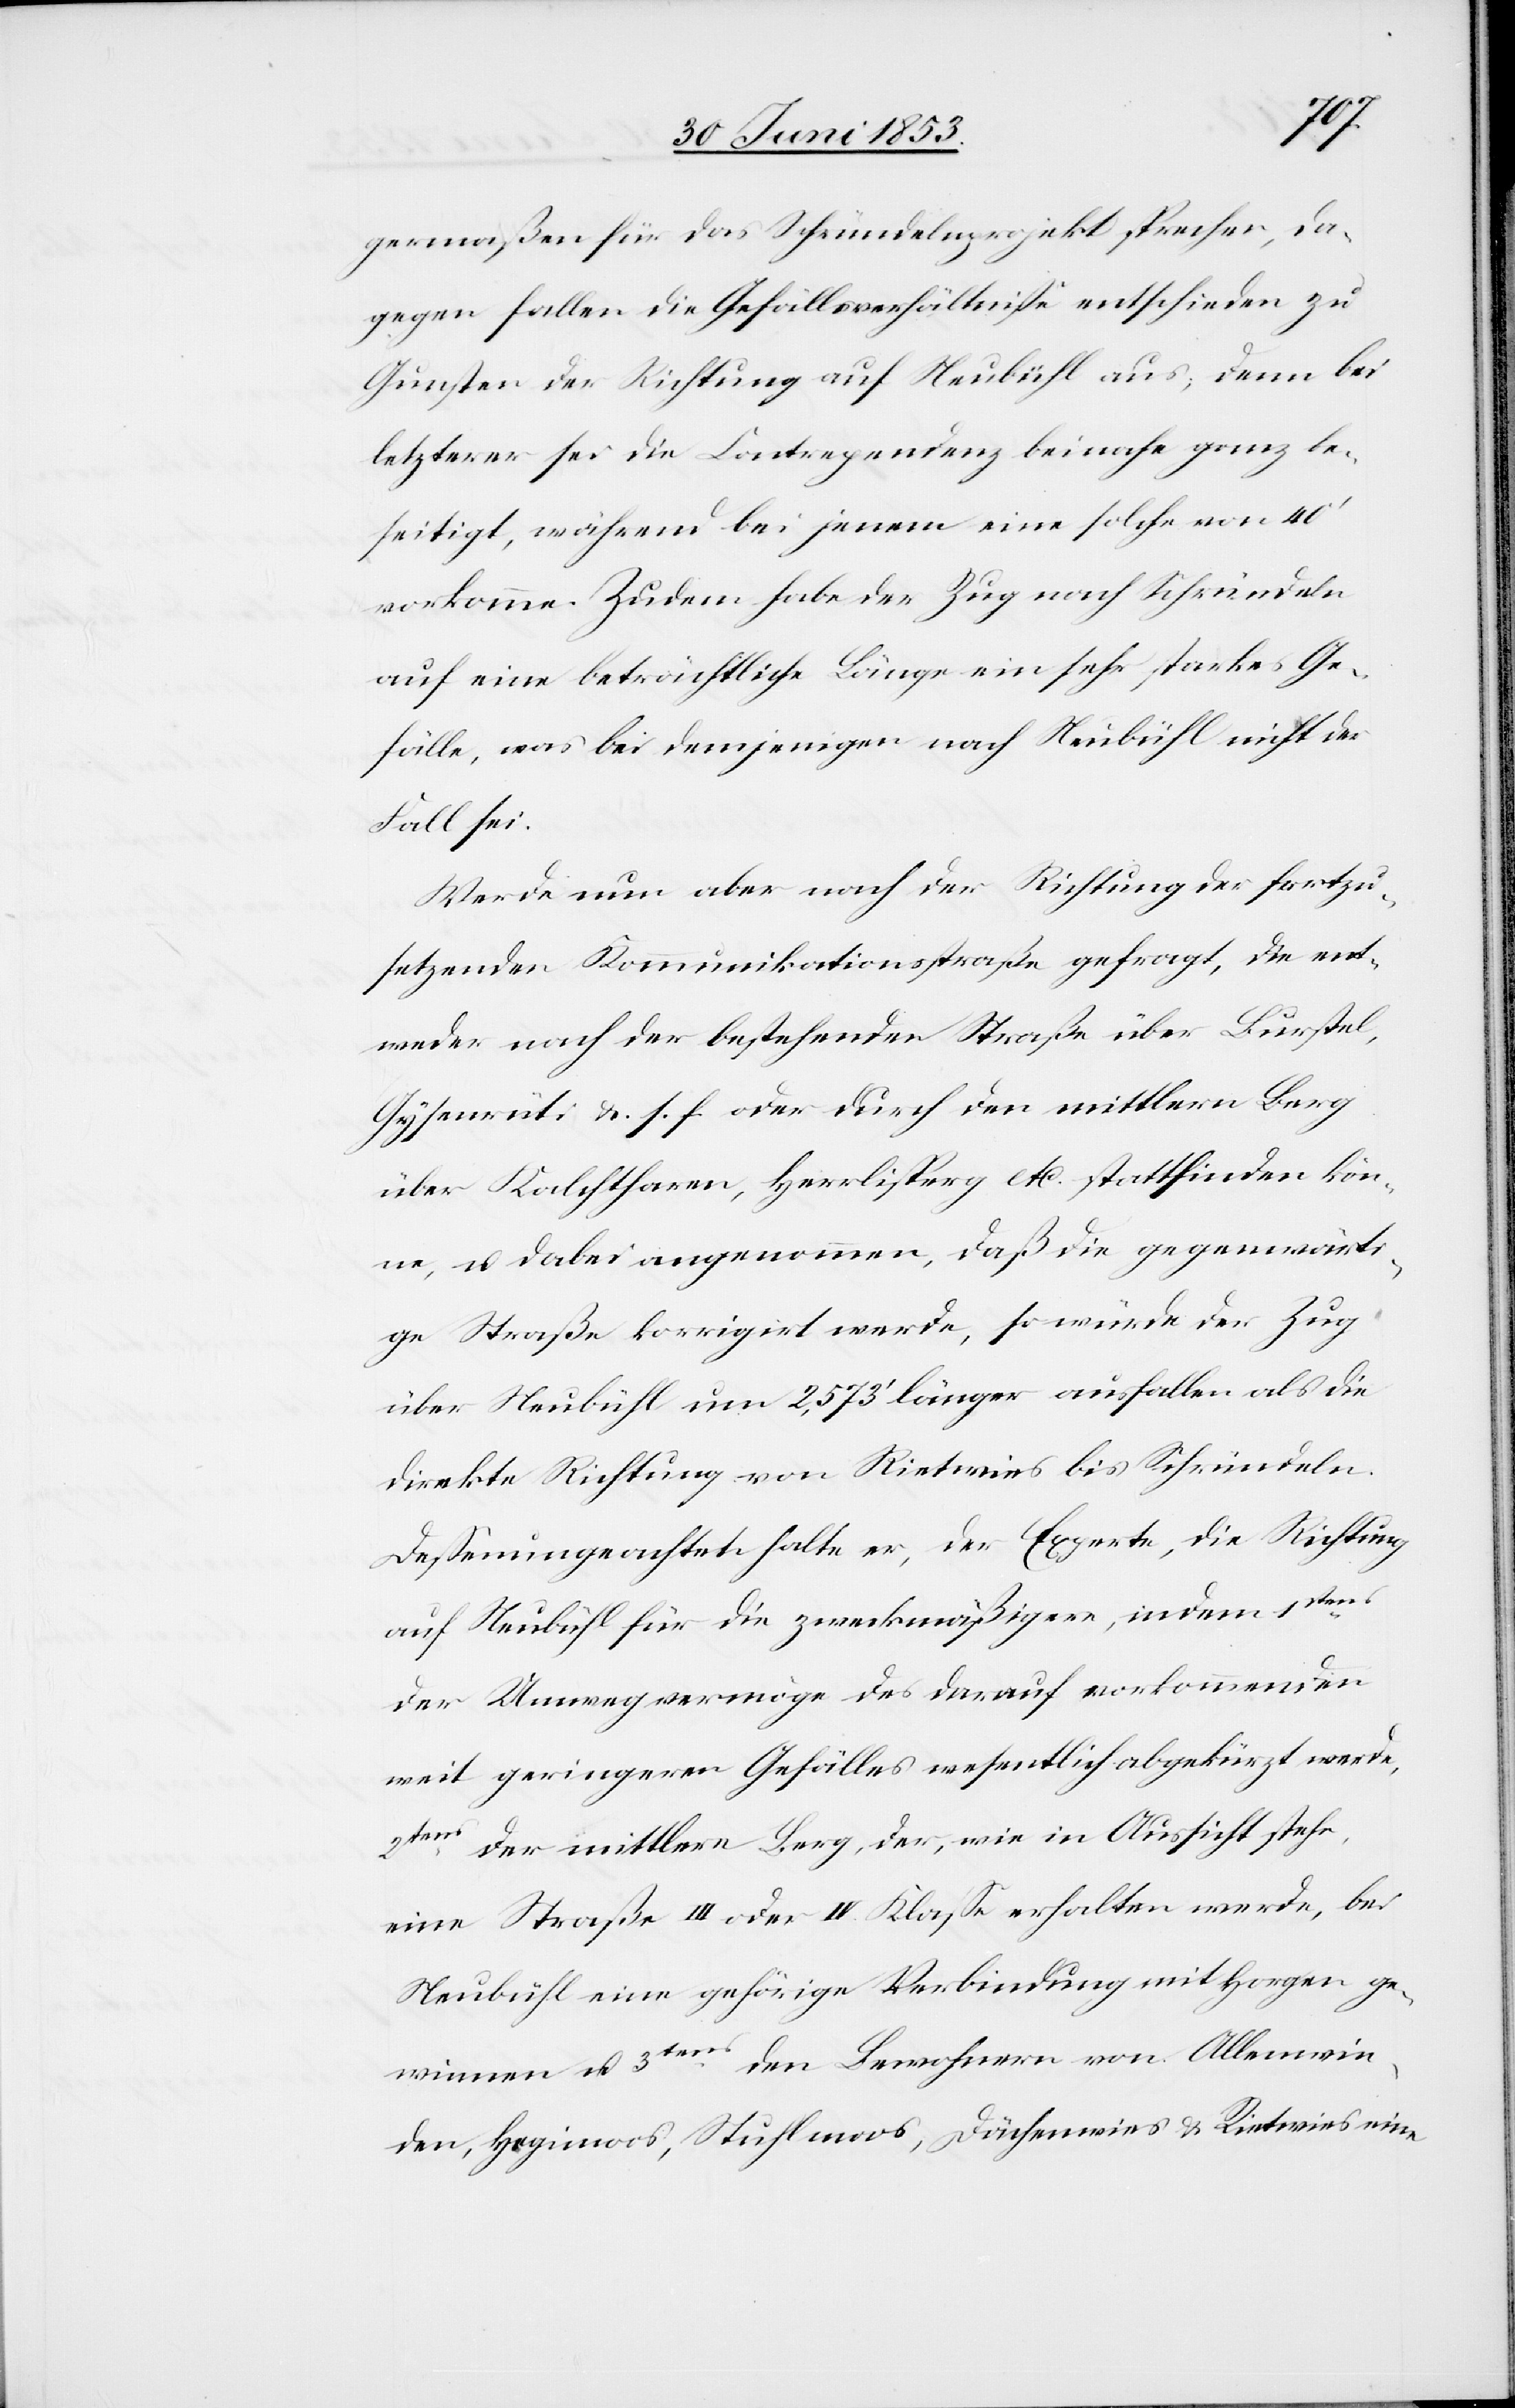
germaßen für das Schründelnprojekt sprechen, da¬
gegen fallen die Gefällsverhältniße entschieden zu
Gunsten der Richtung auf Neubühl aus, denn bei
letzterer sei die Contrepedenz [sic!] beinahe ganz be¬
seitigt, während bei jenen eine solche von 40’
vorkomme. Zudem habe der Zug nach Schründeln
auf eine beträchtliche Länge ein sehr starkes Ge¬
fälle, was bei demjenigen nach Neubühl nicht der
Fall sei.
Werde nun aber nach der Richtung der fortzu¬
setzenden Kommunikationsstraße gefragt, die ent¬
weder nach der bestehenden Straße über Burstel,
Gysenrüti u. s. f. oder durch den mittleren Berg
über Kalchtharen, Herrliberg etc. stattfinden kön¬
ne, u. dabei angenommen, daß die gegenwärti¬
ge Straße korrigirt werde, so würde der Zug
über Neubühl um 2,573’ länger ausfallen als die
direkte Richtung von Rietwies bis Schründeln.
Deßenungeachtet halte er, der Experte, die Richtung
auf Neubühl für die zweckmäßigere, indem 1stens
der Umweg vermöge des darauf vorkommenden
weit geringeren Gefälles wesentlich abgekürzt werde,
2tens
der mittlere Berg, der, wie in Aussicht stehe,
eine Straße III. oder IV Klaße erhalten werde, bei
Neubühl eine gehörige Verbindung mit Horgen ge¬
den Bewohnern von Allenwin¬
winnen u. 3tens
den, Hegimoos, Stuhlmoos, Dächenwies u. Rietwies eine